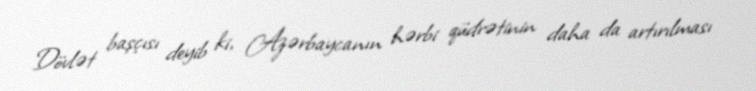
Dövlət başçısı deyib ki, Azərbaycanın hərbi qüdrətinin daha da artırılması